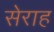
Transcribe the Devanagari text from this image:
सेराह